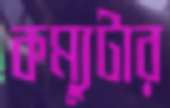
কম্যুটার